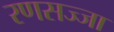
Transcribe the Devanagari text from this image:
रणसज्जा